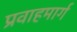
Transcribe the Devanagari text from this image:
प्रवाहमार्ग